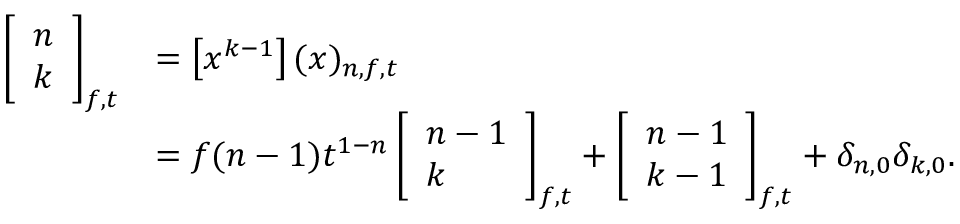
{ \begin{array} { r l } { \left[ { \begin{array} { l } { n } \\ { k } \end{array} } \right] _ { f , t } } & { = \left[ x ^ { k - 1 } \right] ( x ) _ { n , f , t } } \\ & { = f ( n - 1 ) t ^ { 1 - n } \left[ { \begin{array} { l } { n - 1 } \\ { k } \end{array} } \right] _ { f , t } + \left[ { \begin{array} { l } { n - 1 } \\ { k - 1 } \end{array} } \right] _ { f , t } + \delta _ { n , 0 } \delta _ { k , 0 } . } \end{array} }